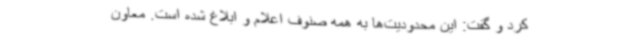
کرد و گفت: این محدودیت‌ها به همه صنوف اعلام و ابلاغ شده است. معاون